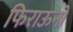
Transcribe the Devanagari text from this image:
फिराऊनों